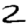
Digit: 2